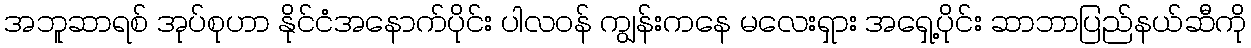
အဘူဆာရစ် အုပ်စုဟာ နိုင်ငံအနောက်ပိုင်း ပါလဝန် ကျွန်းကနေ မလေးရှား အရှေ့ပိုင်း ဆာဘာပြည်နယ်ဆီကို